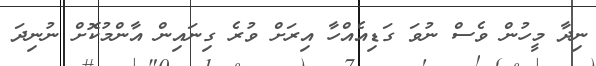
ނިދާ މީހުން ވެސް ނުވަ ގަޑިއެއްހާ އިރަށް ވުރެ ގިނައިން އާންމުކޮށް ނުނިދަ